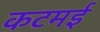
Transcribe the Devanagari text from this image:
कटमई